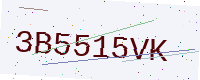
Text: 3B5515VK